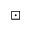
\boxdot